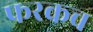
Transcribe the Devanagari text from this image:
फरकच